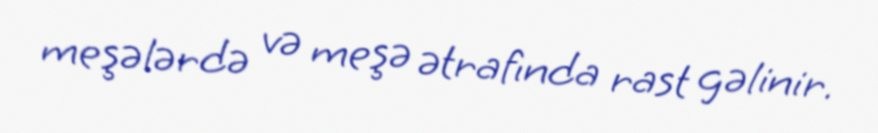
meşələrdə və meşə ətrafında rast gəlinir.